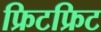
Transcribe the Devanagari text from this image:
फ्रिटफ्रिट